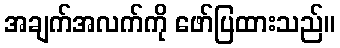
အချက်အလက်ကို ဖော်ပြထားသည်။